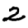
Digit: 2